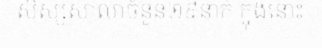
សិស្សសាលាចំនួន២៩នាក់ ក្នុងនោះ